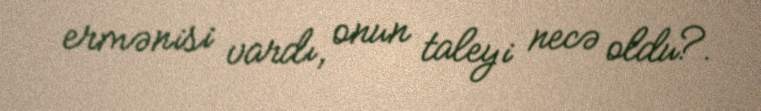
ermənisi vardı, onun taleyi necə oldu?.